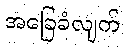
အခြေခံလျက်